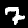
Digit: 7